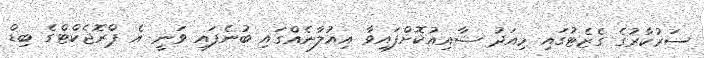
ސަރުކާރުގެ ގެޒެޓުގައި މިއަދު ޝާއިއުކޮށްފައިވާ އިއުލާނެއްގައި ބުނެފައި ވަނީ އެ ޕްރޮޖެކްޓްގެ ބިޑް